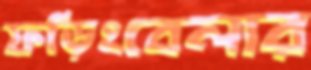
ফড়িংবেলার